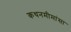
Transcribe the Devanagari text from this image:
कथनमीमांसा